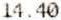
14.40